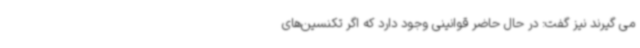
می گیرند نیز گفت: در حال حاضر قوانینی وجود دارد که اگر تکنسین‌های